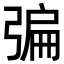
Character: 𢐃